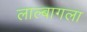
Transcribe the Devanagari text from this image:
लाल्बागला